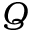
Q